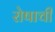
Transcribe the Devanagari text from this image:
रोषाची